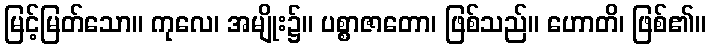
မြင့်မြတ်သော။ ကုလေ၊ အမျိုး၌။ ပစ္စာဇာတော၊ ဖြစ်သည်။ ဟောတိ၊ ဖြစ်၏။